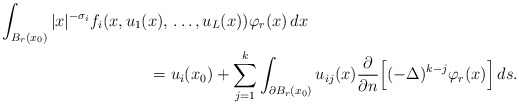
\begin{align*}\int_{B_{r}(x_0)} |x|^{-\sigma_i}f_{i}(x,u_{1}(x), {} & \ldots,u_{L}(x)) \varphi_{r}(x) \,dx \\= {} & u_{i}(x_0) + \sum_{j=1}^{k} \int_{\partial B_{r}(x_0)} u_{ij}(x)\frac{\partial}{\partial n}\Big[(-\Delta)^{k-j}\varphi_{r}(x)\Big]\,ds.\end{align*}